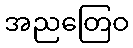
အညတြေဝ